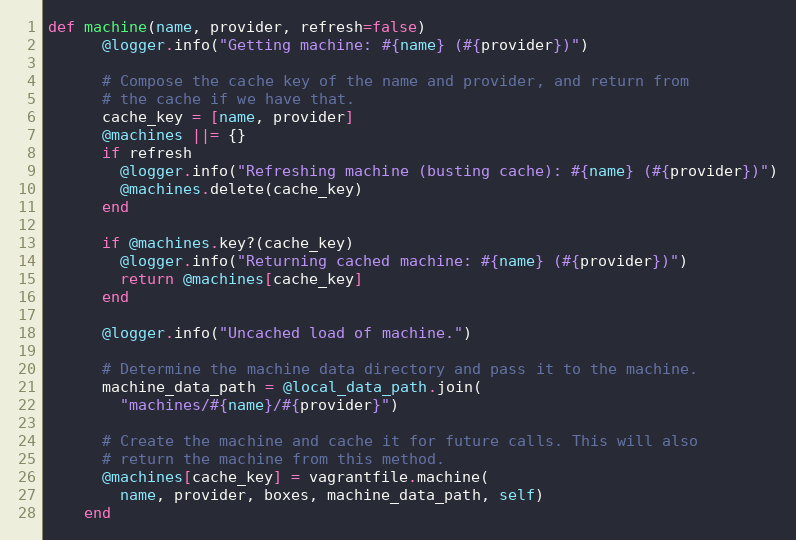
Language: Ruby
def machine(name, provider, refresh=false)
      @logger.info("Getting machine: #{name} (#{provider})")

      # Compose the cache key of the name and provider, and return from
      # the cache if we have that.
      cache_key = [name, provider]
      @machines ||= {}
      if refresh
        @logger.info("Refreshing machine (busting cache): #{name} (#{provider})")
        @machines.delete(cache_key)
      end

      if @machines.key?(cache_key)
        @logger.info("Returning cached machine: #{name} (#{provider})")
        return @machines[cache_key]
      end

      @logger.info("Uncached load of machine.")

      # Determine the machine data directory and pass it to the machine.
      machine_data_path = @local_data_path.join(
        "machines/#{name}/#{provider}")

      # Create the machine and cache it for future calls. This will also
      # return the machine from this method.
      @machines[cache_key] = vagrantfile.machine(
        name, provider, boxes, machine_data_path, self)
    end